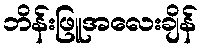
ဘိန်းဖြူအလေးချိန်